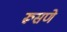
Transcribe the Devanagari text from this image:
रूसणे